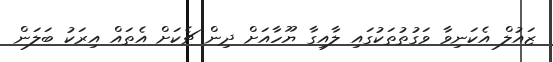
ޒައުލް އެކަނިވާ ވަގުތުތަކުގައި ލާއިގާ ޔޫހާއަށް ދިން ޗެކަށް އެތައް އިރަކު ބަލަން